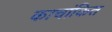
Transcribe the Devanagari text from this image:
काचांकित